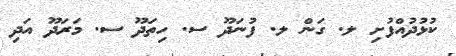
ކުޅުދުއްފުށި ލ. ގަން ލ. ފުނަދޫ ސ. ހިތަދޫ ސ. މަރަދޫ އަދި